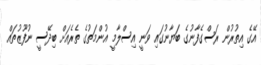
އޭގެ އިތުރުން ރަސްގެފާނުގެ ބަޔާނުގައި ވަނީ އިސްލާމީ އުންމަތުގެ ތެރެއަށް ބިދޭސީ ނުފޫޒުތައް